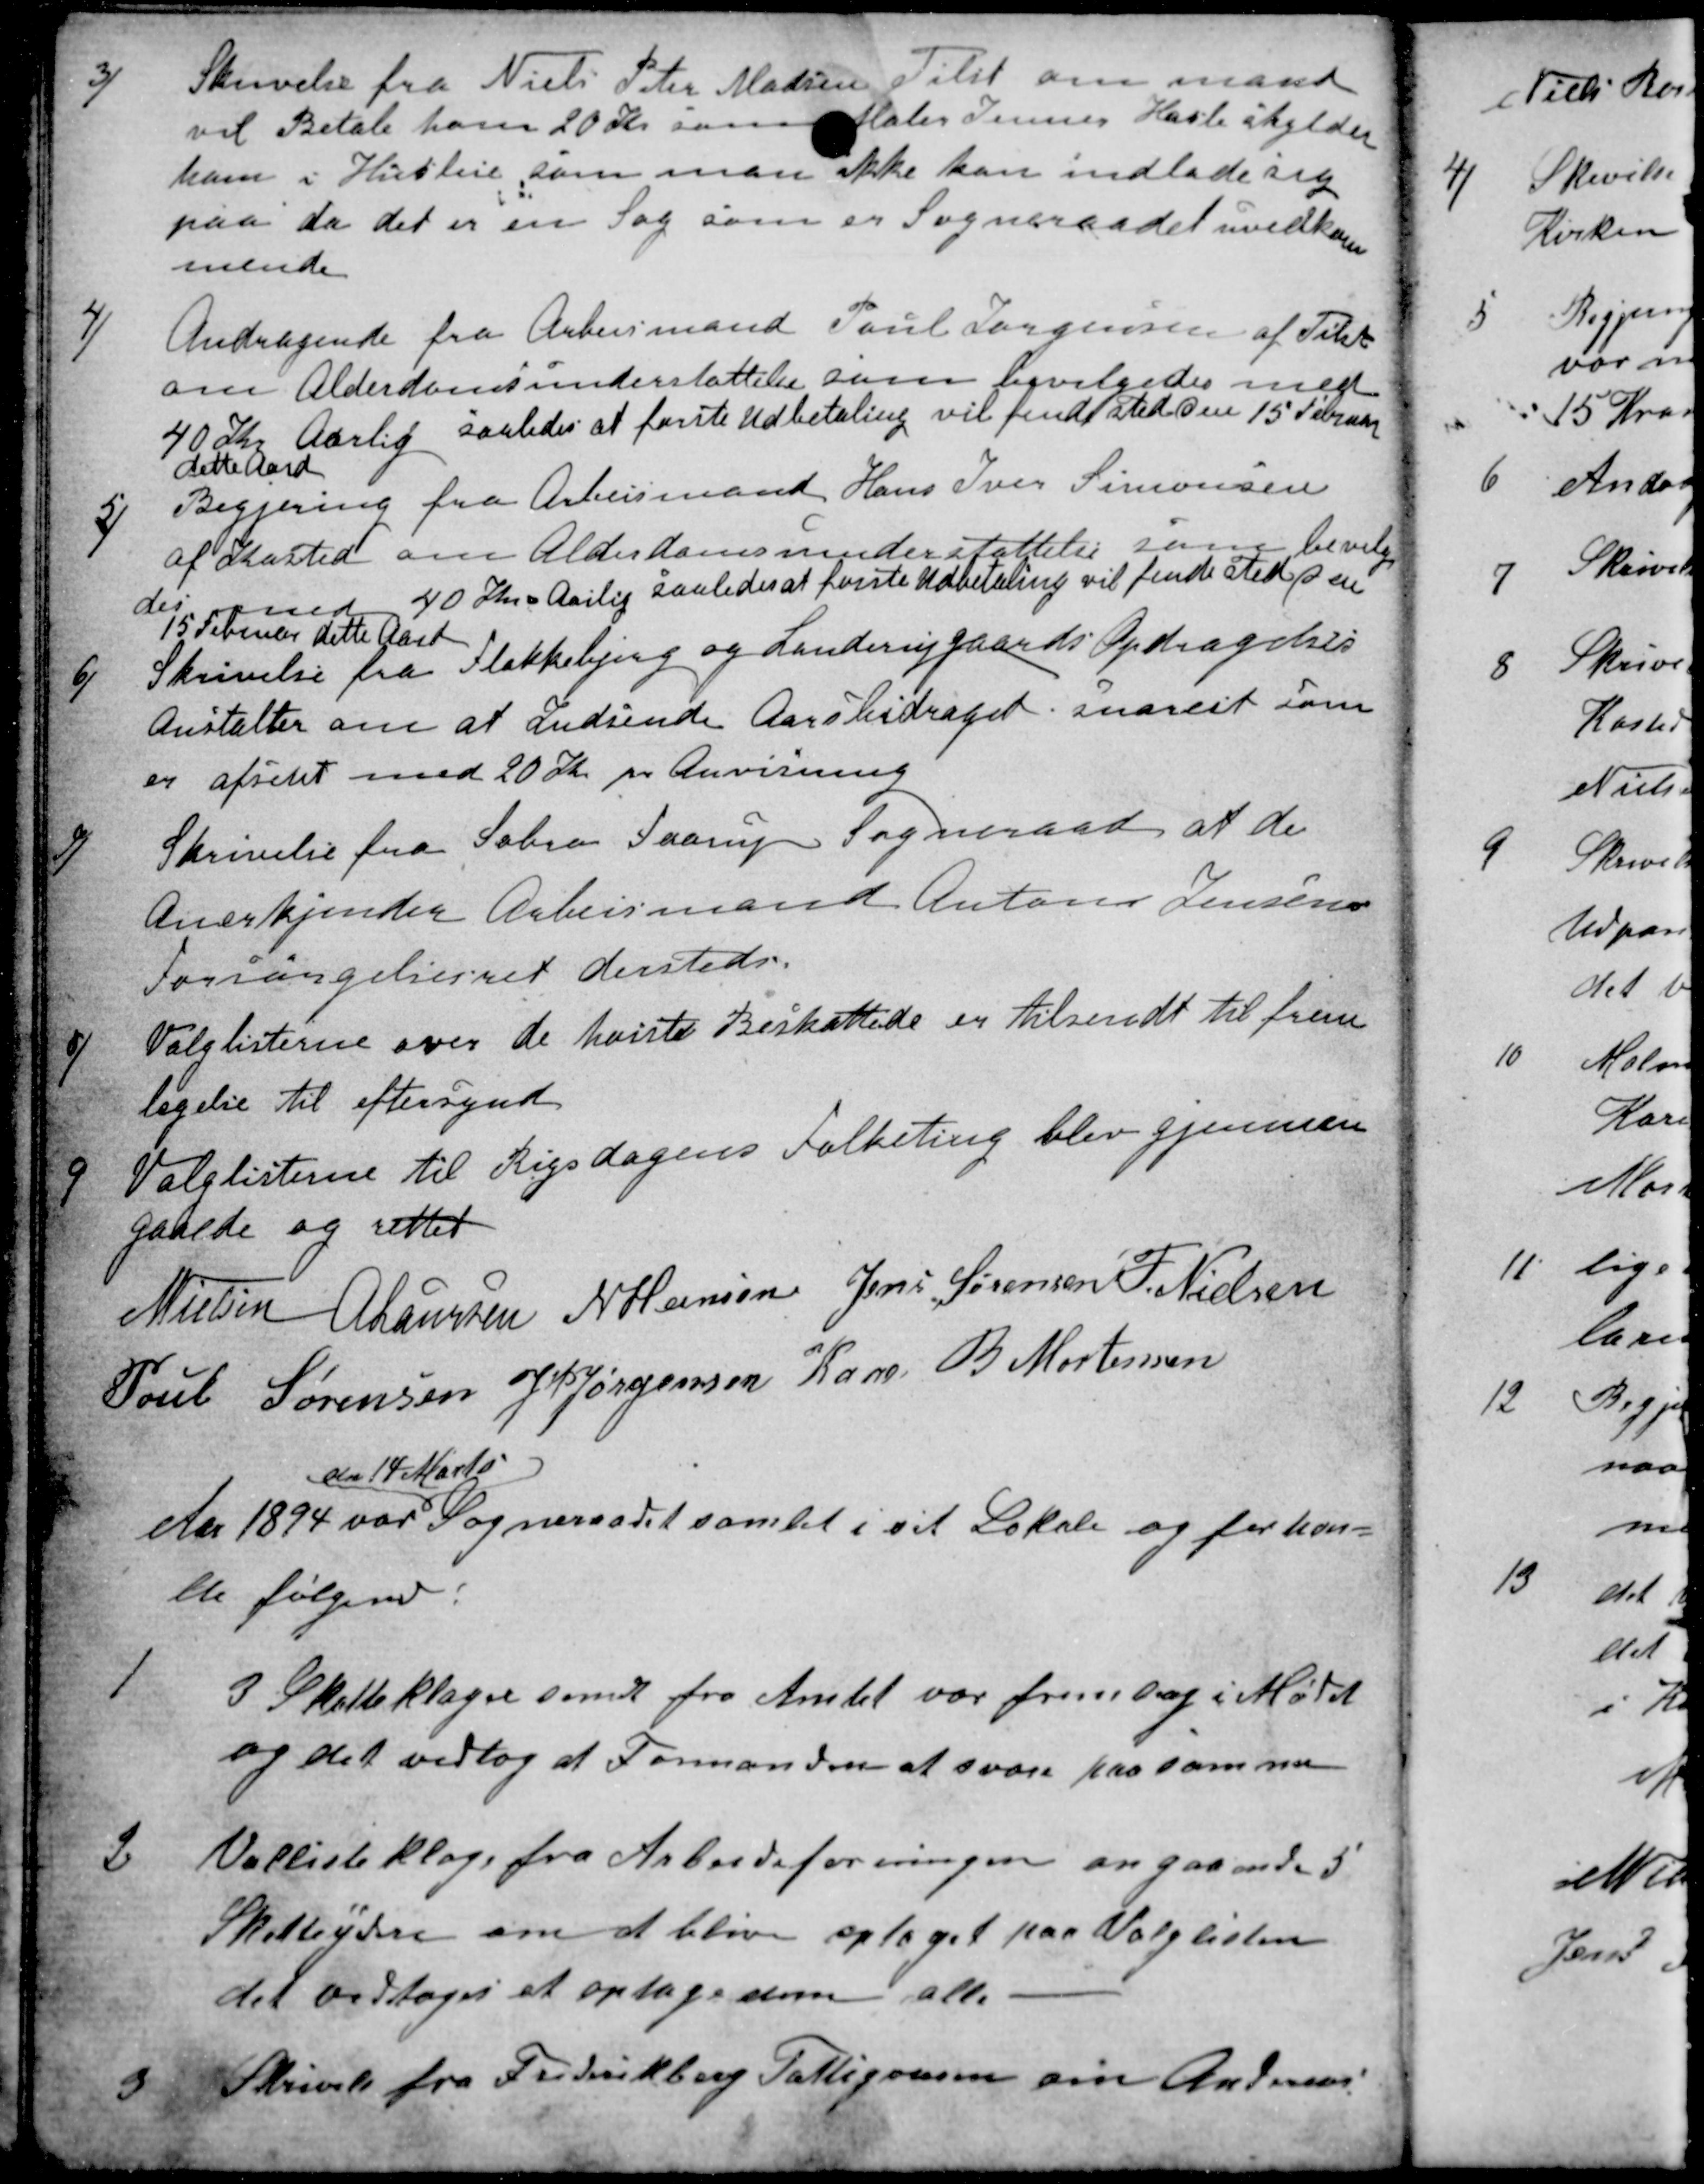
Transskription:
3)
Skrivelse fra Niels Peter Madsen Tilst om mand
vil Betale ham 20 Kr. som Maler Jenner Hasle skylder
ham i Husleie som man ikke kan indlade sig
paa da det er en Sag som er Sogneraadet uvedkom
mende
4)
Andragende fra Arbeismand Poul Jørgensen af Tilst
om Alderdomsunderstøttelse som bevilgedes med
40 Kr Aarlig saaledes at første Udbetaling vil finde sted den 15 Februar
dette Aard
5)
Begjering fra Arbeismand Hans Iver Simonsen
af Kasted om Alderdomsunderstøttelse som bevilge
des med 40 Kr Aarlig saaledes at første Udbetaling vil finde sted den
15 Februar dette Aard
6)
Skrivelse fra Flakkebjerg og Landerupgaards Opdragelses
Anstalter om at Indsende Aarsbidraget snarest som
er afsent med 20 Kr pr Anvisning
7)
Skrivelse fra Sabro Faarup Sogneraad at de
Anerkjender Arbeismand Anton Jensens
Forsørgelsesret dersteds.
8)
Valglisterne over de hoiste Beskattede er tilsendt til frem
legelse til eftersynd
9)
Valglisterne til Rigsdagens Folketing blev gjennem
gaaede og rettet
N Nielsen
A Laursen
N Hansen
Jens Sørensen
F. Nielsen
Poul Sørensen
J P Jørgensen Kaae
B Mortensen
Aar 1894 var 
den 14 Marts
Sogneraadet samlet i sit Lokale og forhan=
lede følgende:
1
3 Skatteklager sendt fra Amtet var fremlag i Mødet
og det vedtog at Formanden at svare paa samme
2
Vallisteklage fra Arbeidsforeningen angaaende 5
Skatteydere om at blive optaget paa Valglisten
det vedtoges at optage dem alle
3
Skrivelse fra Frederikberg Fattigvæsen om Andreas